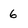
Character: 6